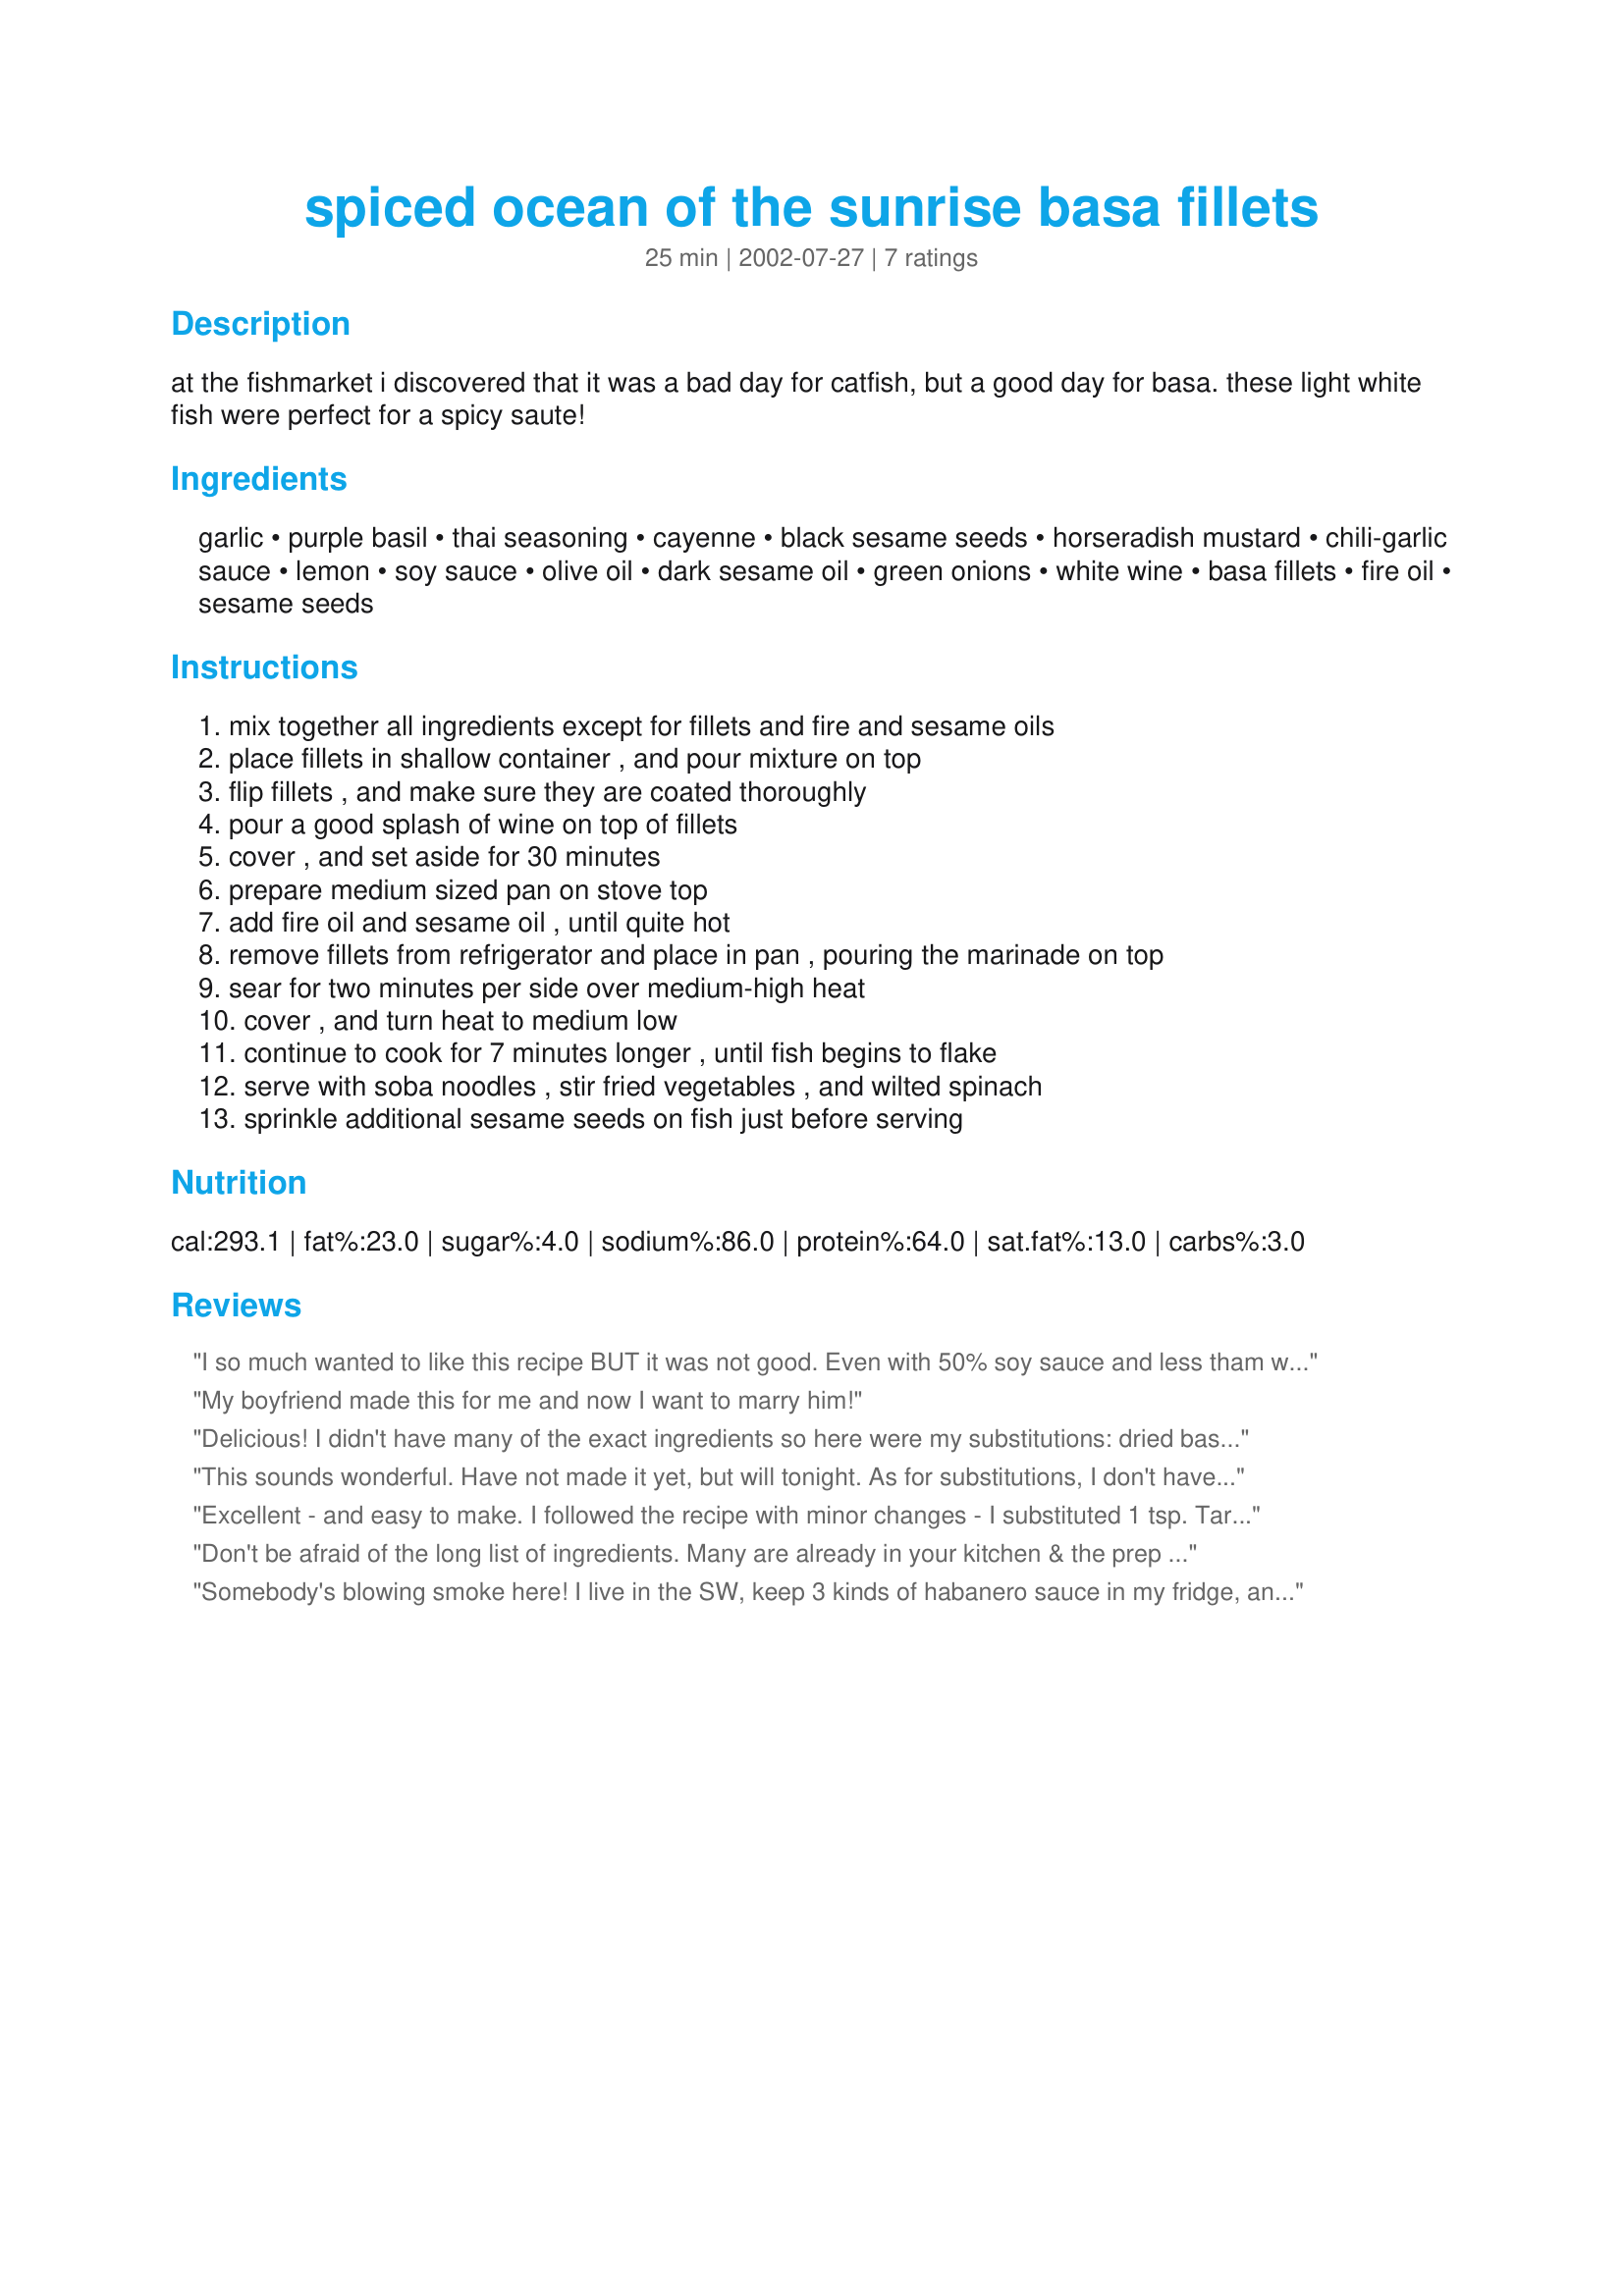
spiced ocean of the sunrise basa fillets
Preparation time: 25 minutes

at the fishmarket i discovered that it was a bad day for catfish, but a good day for basa. these light white fish were perfect for a spicy saute!

Ingredients:
garlic, purple basil, thai seasoning, cayenne, black sesame seeds, horseradish mustard, chili-garlic sauce, lemon, soy sauce, olive oil, dark sesame oil, green onions, white wine, basa fillets, fire oil, sesame seeds

Steps:
mix together all ingredients except for fillets and fire and sesame oils, place fillets in shallow container , and pour mixture on top, flip fillets , and make sure they are coated thoroughly, pour a good splash of wine on top of fillets, cover , and set aside for 30 minutes, prepare medium sized pan on stove top, add fire oil and sesame oil , until quite hot, remove fillets from refrigerator and place in pan , pouring the marinade on top, sear for two minutes per side over medium-high heat, cover , and turn heat to medium low, continue to cook for 7 minutes longer , until fish begins to flake, serve with soba noodles , stir fried vegetables , and wilted spinach, sprinkle additional sesame seeds on fish just before serving

Reviews:
I so much wanted to like this recipe BUT it was not good. Even with 50% soy sauce and less tham what the recipe called for it was salty. I made no substitutions to your recipe. I don't think we will have this again.
My boyfriend made this for me and now I want to marry him!
Delicious! I didn't have many of the exact ingredients so here were my substitutions: dried basil for purple basil, dried lemon grass for thai seasoning, chinese hot mustard and horseradish for horseradish mustard, lemon juice concentrate and lime juice for fresh lemon juice, canola oil for fire oil, and no green onions. It turned out wonderfully though I'd probably use less soy sauce next time because it bordered on being too salty. Thanks so much for posting this (the only basa recipe on zaar!).
This sounds wonderful. Have not made it yet, but will tonight. As for substitutions, I don't have Thai seasoning, but I suspect that it is the Thai seasoning that might make it too hot. I will, instead substitute Emeril's seasoning blend (can't think of it off the top of my head) with a bit more cayenne pepper. I'll let you know what comes of it all. 10/07... alright... I've made this twice already, and I am here to tell you that THIS is an incredible recipe! My children LOVED it! As I have not yet found Thai seasoning, I substitute Essence of Emeril, lemon pepper, and cayenne pepper... since I double the recipe, that works out to about 1/3 tsp of each. Thanks, s'kat, for such a great recipe!
Excellent - and easy to make. I followed the recipe with minor changes - I substituted 1 tsp. Tarragon and fresh lemon zest for the Lemongrass. I omitted the olive oil, and I used less soy sauce to reduce the saltiness. My husband and I both enjoyed the intense flavors and spiciness. Thanks for a very tasty and easy recipe. Just like you, I was shopping for Catfish. This was the first time we've had Basa - I'll be making this fish dish again. I served it with Chinese carrot noodles and spinach drizzled with dark sesame oil & minced garlic. Thanks!
Don't be afraid of the long list of ingredients. Many are already in your kitchen & the prep was quick & easy with these simple directions. If you are tired of the old bread crumb & pan fry routine, these tasty fillets are delicious and ready REALLY fast. I plan to put this recipe into heavy rotation!
Somebody's blowing smoke here! I live in the SW, keep 3 kinds of habanero sauce in my fridge, and have a mexican wife who is a great cook. This recipe, as written, was way too spicy for both my wife and me. It would have made no difference if this marinade was on basa, shoe leather, or an old tire--the taste would have been exactly the same--too hot. Somewhere in this mishmash of ingredients is a good tasting marinade for fish; but this ain't it.
